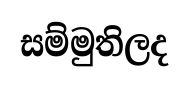
සම්මුතිලද